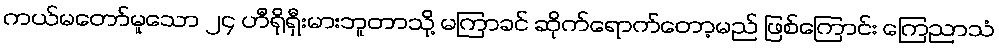
ကယ်မတော်မူသော ၂၄ ဟီရိုရှီးမားဘူတာသို့ မကြာခင် ဆိုက်ရောက်တော့မည် ဖြစ်ကြောင်း ကြေညာသံ